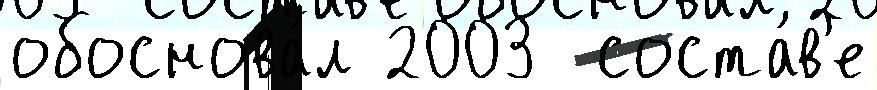
обоснова́л 2003  соста́в'е